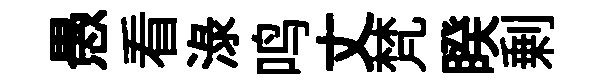
愚看渌鸣丈梵睽剰